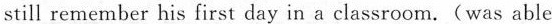
still remember his first day in a classroom.(was able